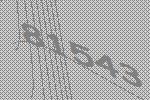
81543